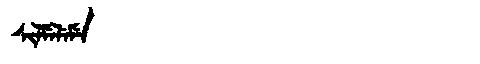
Manchu: ᠰᡳᠯᠮᡝᠯᡝᠮᡝ
Romanization: SILMELEME